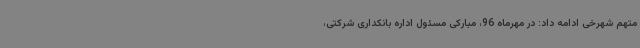
متهم شهرخی ادامه داد: در مهرماه 96، مبارکی مسئول اداره بانکداری شرکتی،